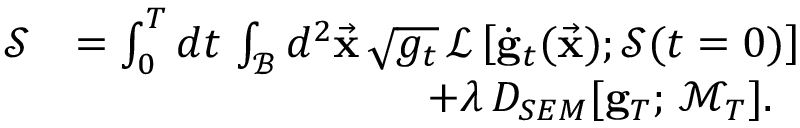
\begin{array} { r l } { \mathcal { S } } & { = \int _ { 0 } ^ { T } d t \, \int _ { \mathcal { B } } d ^ { 2 } \vec { \bf x } \, \sqrt { g _ { t } } \, \mathcal { L } \left[ \dot { \bf g } _ { t } ( \vec { \bf x } ) ; \mathcal { S } ( t = 0 ) \right] } \\ & { \qquad \qquad \qquad \qquad + \lambda \, D _ { S E M } [ { \bf g } _ { T } ; \, \mathcal { M } _ { T } ] . } \end{array}